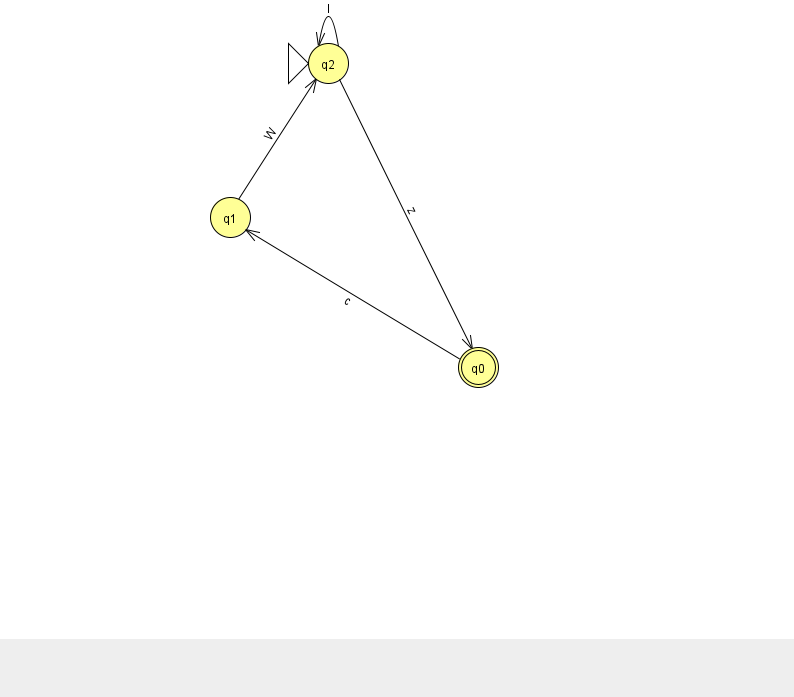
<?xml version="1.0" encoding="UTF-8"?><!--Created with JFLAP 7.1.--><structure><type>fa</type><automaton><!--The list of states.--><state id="0" name="q0"><x>478.0</x><y>354.0</y><final/></state><state id="1" name="q1"><x>230.0</x><y>204.0</y></state><state id="2" name="q2"><x>328.0</x><y>50.0</y><initial/></state><!--The list of transitions.--><transition><from>1</from><to>2</to><read>W</read></transition><transition><from>0</from><to>1</to><read>c</read></transition><transition><from>2</from><to>0</to><read>z</read></transition><transition><from>2</from><to>2</to><read>l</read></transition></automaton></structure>